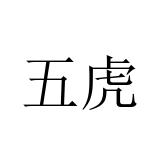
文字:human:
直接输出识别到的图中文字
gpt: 五虎